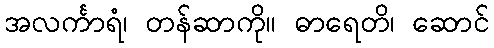
အလင်္ကာရံ၊ တန်ဆာကို။ ဓာရေတိ၊ ဆောင်